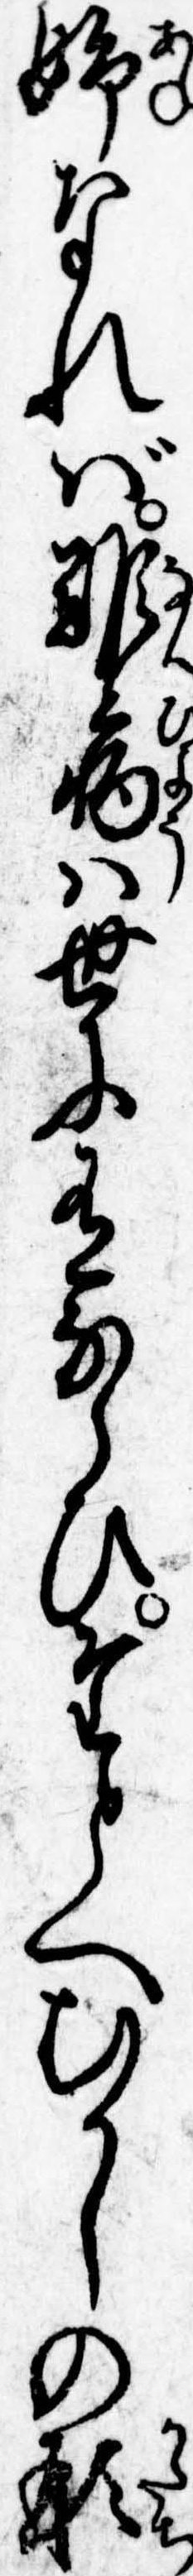
姉なれば難病は世に有ならひたとへむかしの形